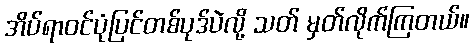
အိပ်ရာဝင်ပုံပြင်တစ်ပုဒ်ပဲလို့ သတ် မှတ်လိုက်ကြတယ်။